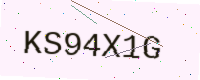
Text: KS94X1G